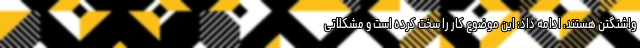
واشنگتن هستند، ادامه داد: این موضوع کار را سخت کرده است و مشکلاتی